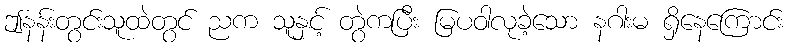
ဤနန်းတွင်းသူထဲတွင် ညက သူနှင့် တွဲကပြီး မြပဝါလုခဲ့သော နဂါးမ ရှိနေကြောင်း